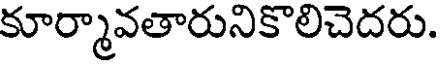
కూర్మావతారునికొలిచెదరు.